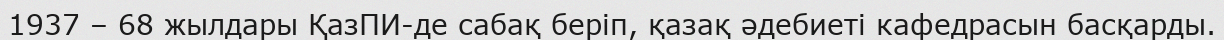
1937 – 68 жылдары ҚазПИ-де сабақ беріп, қазақ әдебиеті кафедрасын басқарды.